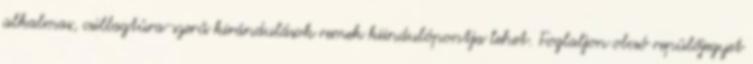
alkalmas, csillagtúra-szerű kirándulások remek kiindulópontja lehet. Foglaljon olcsó repülőjegyet